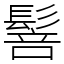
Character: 䯽